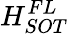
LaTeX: H_{SOT}^{FL}